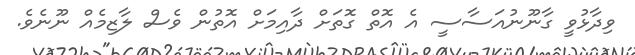
ވިދާޅުވީ ގާނޫނުއަސާސީ އެ އޮތް ގޮތަށް ދާއިމަށް އޮތުން ވެސް ލާޒިމެއް ނޫނެވެ.